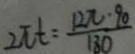
2 \pi t = \frac { 1 2 \pi \cdot 9 0 } { 1 3 0 }